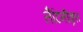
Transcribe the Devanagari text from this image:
लैटिनीकृत